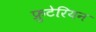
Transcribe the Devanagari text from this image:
फ्रुटेरियन